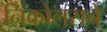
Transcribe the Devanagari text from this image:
निकोलसचे